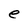
Character: e